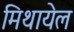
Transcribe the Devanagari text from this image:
मिथायेल